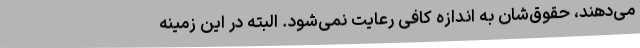
می‌دهند، حقوق‌شان به اندازه کافی رعایت نمی‌شود. البته در این زمینه